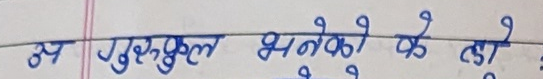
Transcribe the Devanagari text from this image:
अन्य गुरुकुल भनेको के हो